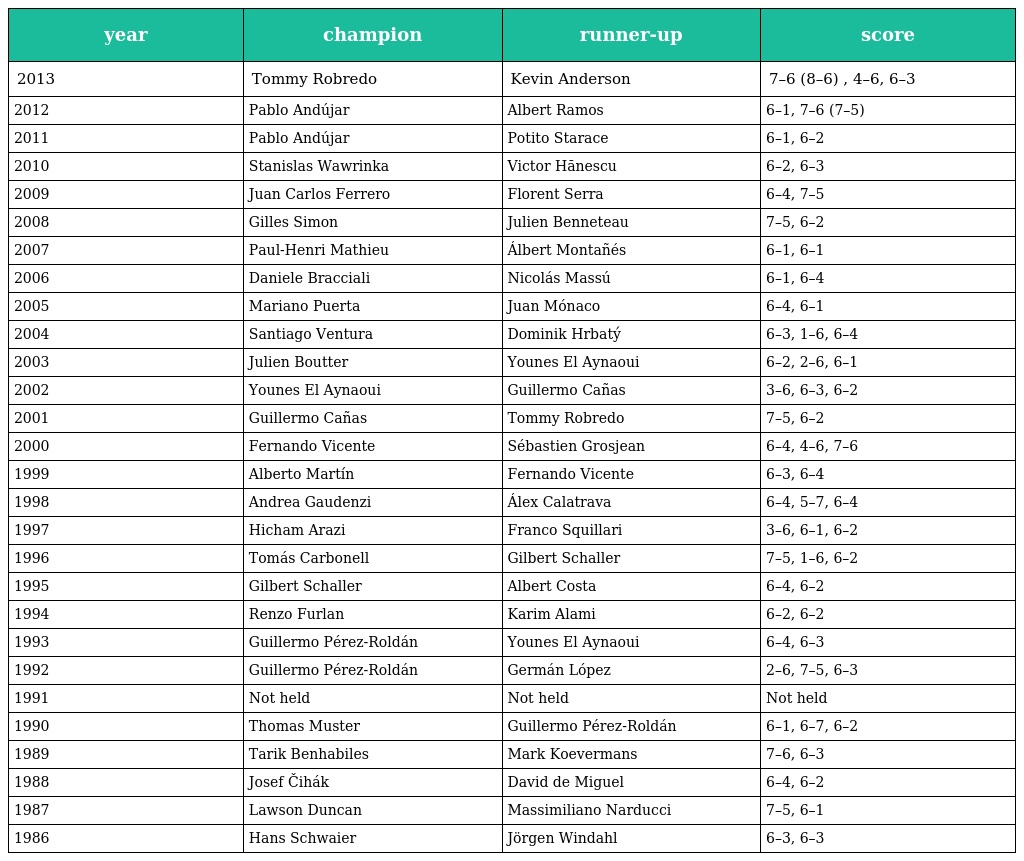
| year | champion | runner-up | score |
 | --- | --- | --- | --- |
 | 2013 | Tommy Robredo | Kevin Anderson | 7–6 (8–6) , 4–6, 6–3 |
 | 2012 | Pablo Andújar | Albert Ramos | 6–1, 7–6 (7–5) |
 | 2011 | Pablo Andújar | Potito Starace | 6–1, 6–2 |
 | 2010 | Stanislas Wawrinka | Victor Hănescu | 6–2, 6–3 |
 | 2009 | Juan Carlos Ferrero | Florent Serra | 6–4, 7–5 |
 | 2008 | Gilles Simon | Julien Benneteau | 7–5, 6–2 |
 | 2007 | Paul-Henri Mathieu | Álbert Montañés | 6–1, 6–1 |
 | 2006 | Daniele Bracciali | Nicolás Massú | 6–1, 6–4 |
 | 2005 | Mariano Puerta | Juan Mónaco | 6–4, 6–1 |
 | 2004 | Santiago Ventura | Dominik Hrbatý | 6–3, 1–6, 6–4 |
 | 2003 | Julien Boutter | Younes El Aynaoui | 6–2, 2–6, 6–1 |
 | 2002 | Younes El Aynaoui | Guillermo Cañas | 3–6, 6–3, 6–2 |
 | 2001 | Guillermo Cañas | Tommy Robredo | 7–5, 6–2 |
 | 2000 | Fernando Vicente | Sébastien Grosjean | 6–4, 4–6, 7–6 |
 | 1999 | Alberto Martín | Fernando Vicente | 6–3, 6–4 |
 | 1998 | Andrea Gaudenzi | Álex Calatrava | 6–4, 5–7, 6–4 |
 | 1997 | Hicham Arazi | Franco Squillari | 3–6, 6–1, 6–2 |
 | 1996 | Tomás Carbonell | Gilbert Schaller | 7–5, 1–6, 6–2 |
 | 1995 | Gilbert Schaller | Albert Costa | 6–4, 6–2 |
 | 1994 | Renzo Furlan | Karim Alami | 6–2, 6–2 |
 | 1993 | Guillermo Pérez-Roldán | Younes El Aynaoui | 6–4, 6–3 |
 | 1992 | Guillermo Pérez-Roldán | Germán López | 2–6, 7–5, 6–3 |
 | 1991 | Not held | Not held | Not held |
 | 1990 | Thomas Muster | Guillermo Pérez-Roldán | 6–1, 6–7, 6–2 |
 | 1989 | Tarik Benhabiles | Mark Koevermans | 7–6, 6–3 |
 | 1988 | Josef Čihák | David de Miguel | 6–4, 6–2 |
 | 1987 | Lawson Duncan | Massimiliano Narducci | 7–5, 6–1 |
 | 1986 | Hans Schwaier | Jörgen Windahl | 6–3, 6–3 |